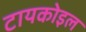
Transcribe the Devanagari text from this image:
टायकोइल